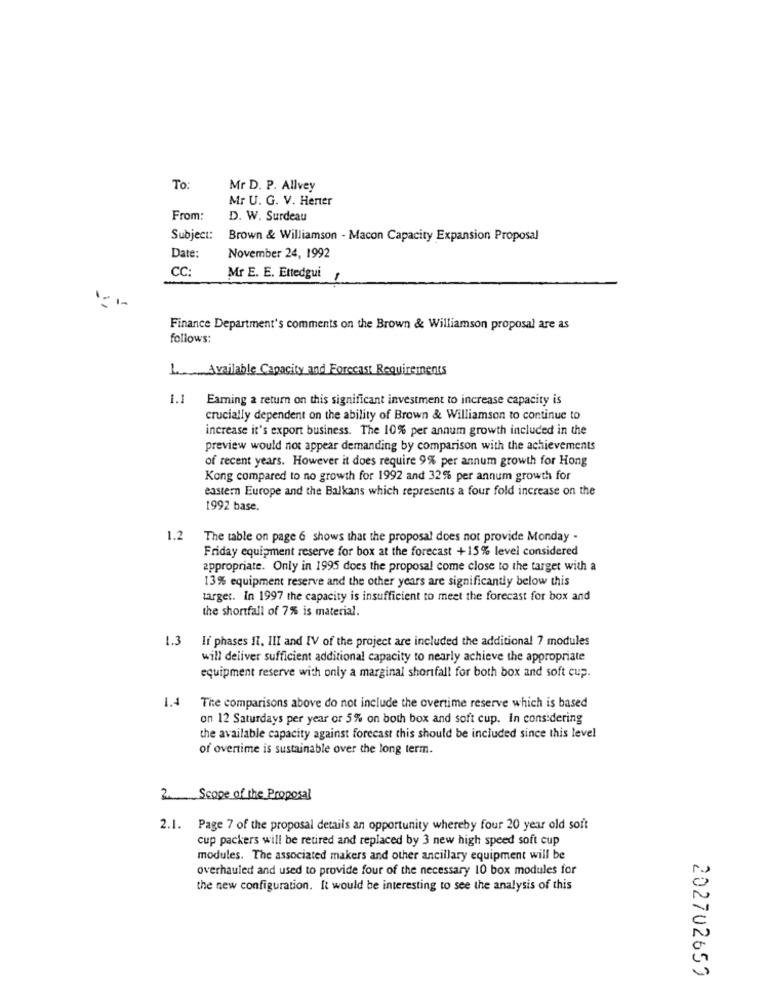
To:
Mr D. P. Allvey
Mr U. G. V. Herter
From:
D. W. Surdeau
Subject:
Brown & Williamson - Macon Capacity Expansion Proposal
Date:
November 24, 1992
CC:
Mr E. E. Ettedgui
Finance Department's comments on the Brown & Williamson proposal are as
follows:
I Available Capacity and Forecast Requirements
1.1
Eaming a return on this significant investment to increase capacity is
crucially dependent on the ability of Brown & Williamson to continue to
increase it's export business. The 10% per annum growth included in the
preview would not appear demanding by comparison with the achievements
of recent years. However it does require 9% per annum growth for Hong
Kong compared to no growth for 1992 and 32% per annum growth for
eastern Europe and the Balkans which represents a four fold increase on the
1992 base.
1.2
The table on page 6 shows that the proposal does not provide Monday -
Friday equipment reserve for box at the forecast +15% level considered
appropriate. Only in 1995 does the proposal come close to the target with a
13% equipment reserve and the other years are significantly below this
target. In 1997 the capacity is insufficient to meet the forecast for box and
the shortfall of 7% is material.
1.3
If phases II, III and IV of the project are included the additional 7 modules
will deliver sufficient additional capacity to nearly achieve the appropriate
equipment reserve with only a marginal shortfall for both box and soft cup.
1.4
The comparisons above do not include the overtime reserve which is based
on 12 Saturdays per year or 5% on both box and soft cup. In considering
the available capacity against forecast this should be included since this level
of overtime is sustainable over the long term.
2. Scope of the Proposal
2.1. Page 7 of the proposal details an opportunity whereby four 20 year old soft
cup packers will be retired and replaced by 3 new high speed soft cup
modules. The associated makers and other ancillary equipment will be
overhauled and used to provide four of the necessary 10 box modules for
the new configuration. It would be interesting to see the analysis of this
202702659